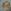
9